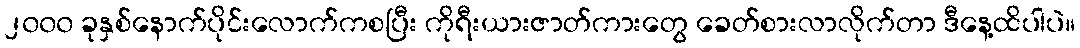
၂၀၀၀ ခုနှစ်နောက်ပိုင်းလောက်ကစပြီး ကိုရီးယားဇာတ်ကားတွေ ခေတ်စားလာလိုက်တာ ဒီနေ့ထိပါပဲ။